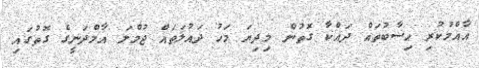
އާއްމުކުރި ހިސާބުތައް ދައްކާ ގޮތުން މިދިޔަ މަހު ދައުލަތައް ޖުމްލަ އާމްދަނީގެ ގޮތުގައި